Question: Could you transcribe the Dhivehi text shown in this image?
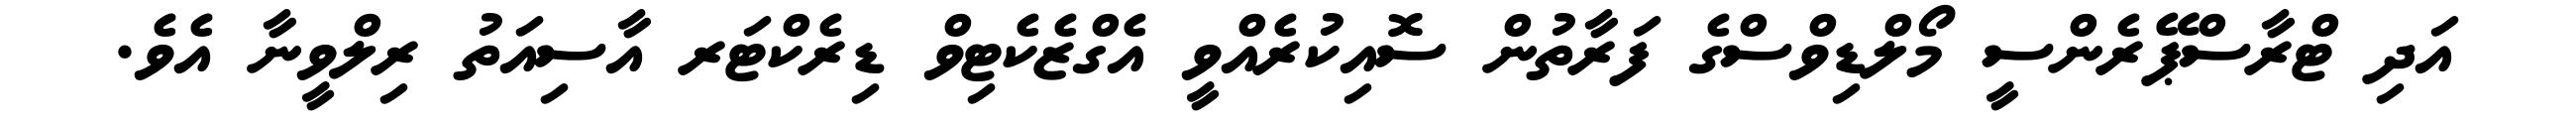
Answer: އަދި ޓްރާސްޕޭރެންސީ މޯލްޑިވްސްގެ ފަރާތުން ސޮއިކުރެއްވީ އެގްޒެކެޓިވް ޑިރެކްޓަރ އާސިއަތު ރިލްވީނާ އެވެ.